Scottish Leaving Certificate Examination, 1956
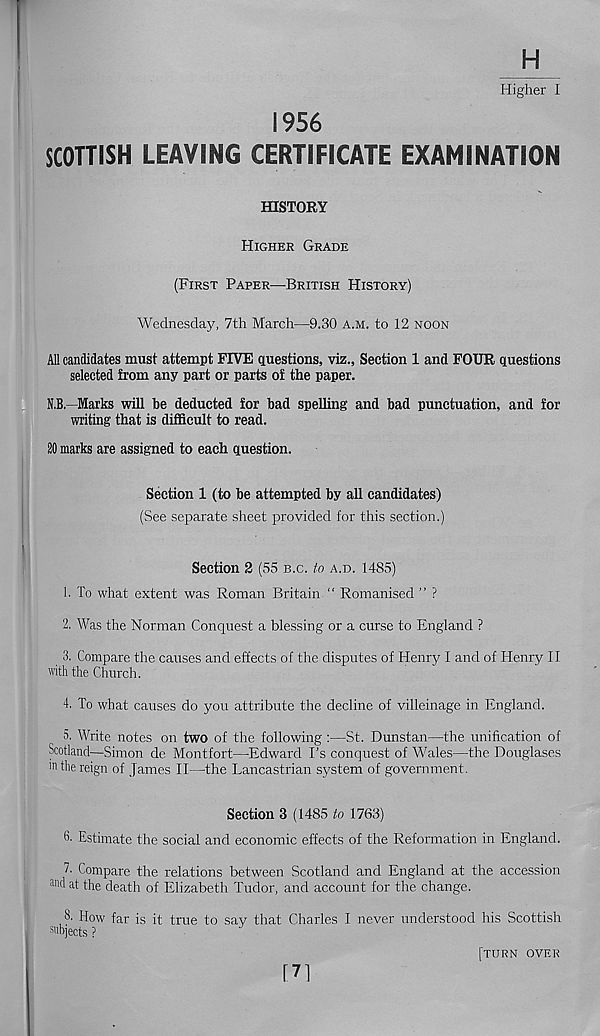
H
Higher I
1956
SCOTTISH LEAVING CERTIFICATE EXAMINATION
HISTORY
HIGHER GRADE
(FIRST PAPER—-BRITISH HISTORY)
Wednesday, 7th March—9.30 A.M. to 12 NOON
All candidates must attempt FIVE questions, viz., Section 1 and FOUR questions
selected from any part or parts of the paper.
N.B.- Marks will be deducted for bad spelling and bad punctuation, and for
writing that is difficult to read.
20 marks are assigned to each question.
Section 1 (to be attempted by all candidates)
(See separate sheet provided for this section.)
Section 2 (55 B.C. to A.D. 1485)
1. To what extent was Roman Britain “ Romanised ” ?
2. Was the Norman Conquest a blessing or a curse to England ?
3. Compare the causes and effects of the disputes of Henry I and of Henry II
with the Church.
4. To what causes do you attribute the decline of villeinage in England.
5. Write notes on two of the following :—St. Dunstan—the unification of
Scotland—Simon de Montfort—Edward I’s conquest of Wales—the Douglases
m the reign of James II—the Lancastrian system of government.
Section 3 (1485 to 1763)
6. Estimate the social and economic effects of the Reformation in England.
T Compare the relations between Scotland and England at the accession
and at the death of Elizabeth Tudor, and account for the change.
8- How far is it true to say that Charles I never understood his Scottish
subjects ?
[71
TURN OVER